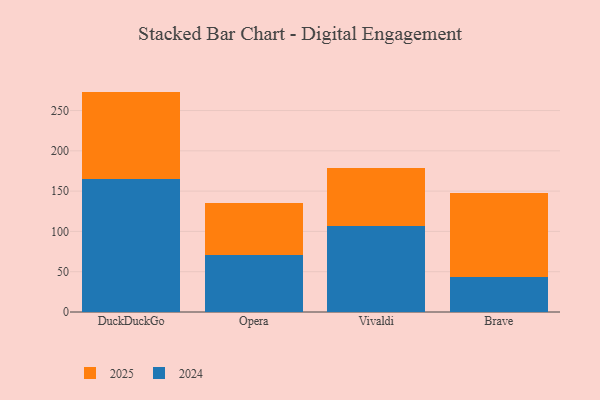
{"axis": {"x": "Browser", "y": "Production Output"}, "legend": ["2024", "2025"], "data": [{"x": "DuckDuckGo", "y": 109.0, "type": "2025"}, {"x": "DuckDuckGo", "y": 164.5, "type": "2024"}, {"x": "Opera", "y": 64.7, "type": "2025"}, {"x": "Opera", "y": 70.8, "type": "2024"}, {"x": "Vivaldi", "y": 72.2, "type": "2025"}, {"x": "Vivaldi", "y": 107.1, "type": "2024"}, {"x": "Brave", "y": 104.2, "type": "2025"}, {"x": "Brave", "y": 43.0, "type": "2024"}]}